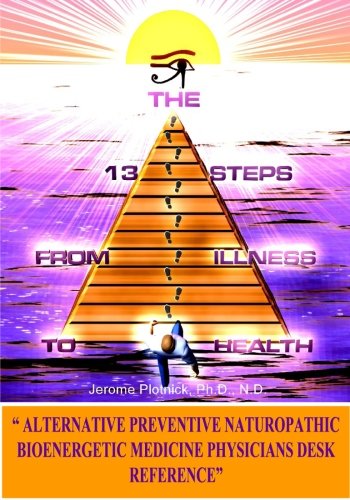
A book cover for The 13 Steps From Illness To Health: Alternative Medicine Naturopathic Bioenergetic Physician's Desk Reference (Volume 1); Jerome Plotnick N.D.; Health, Fitness & Dieting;